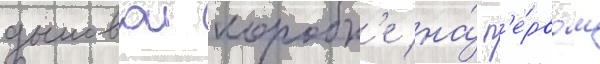
дымовои коробк'е на́ п'е́рвом